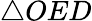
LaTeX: \triangle{OED}